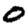
Digit: 0